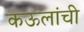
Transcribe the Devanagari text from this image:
कऊलांची